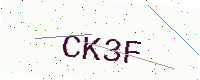
Text: CK3F